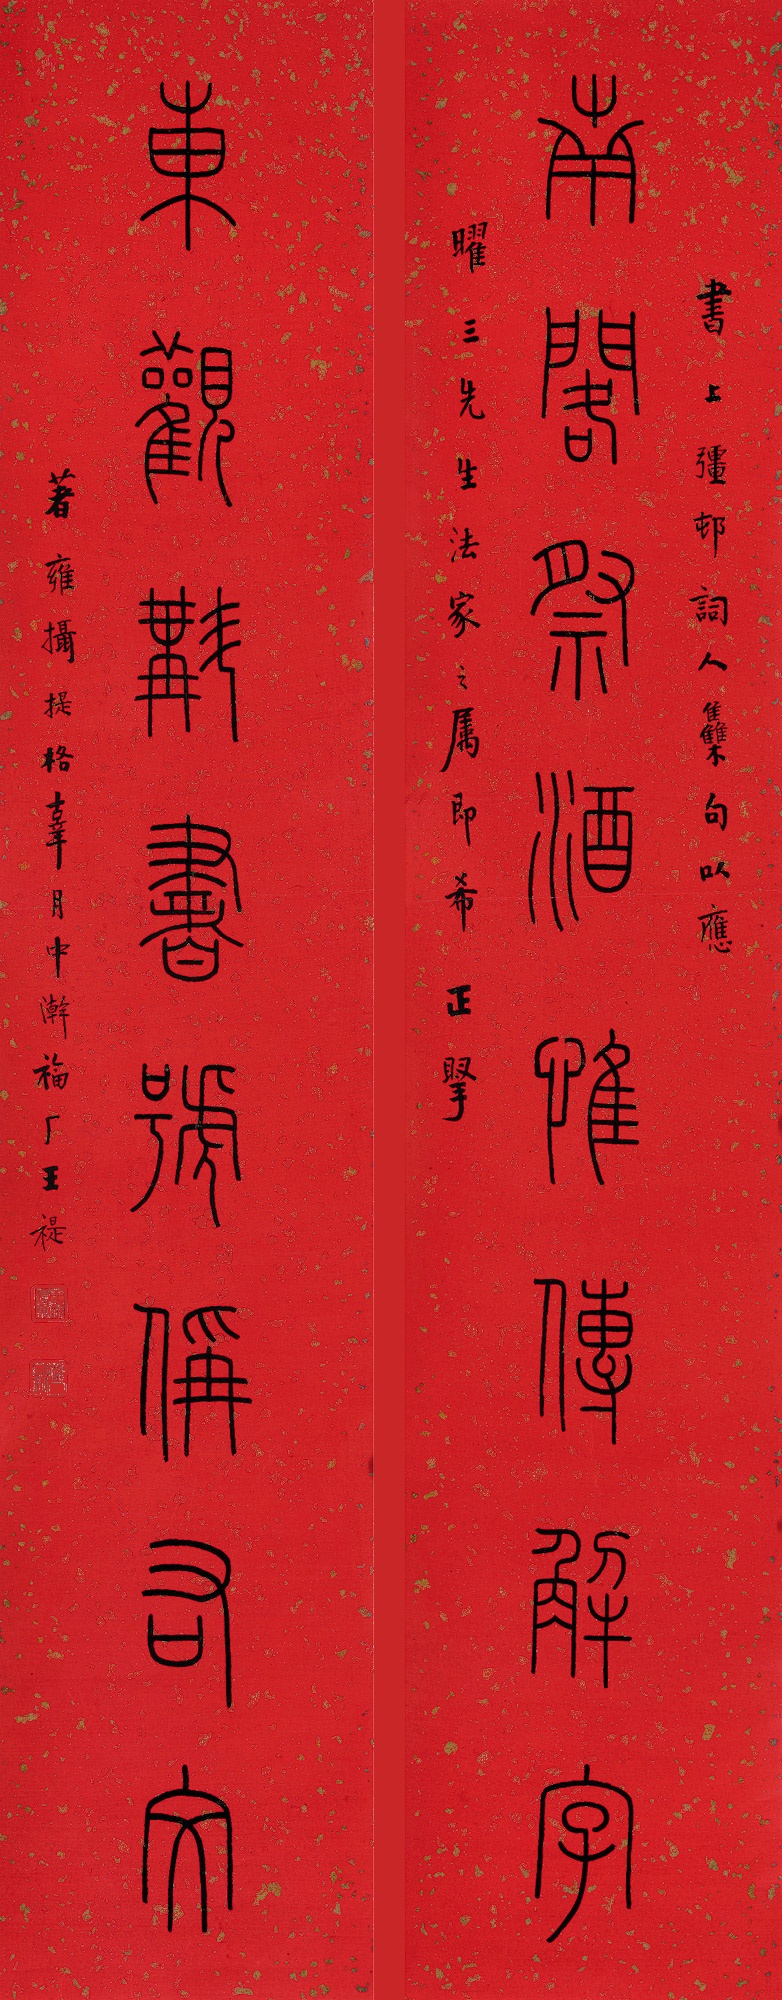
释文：南阁祭酒惟传解字，东观斠书号偁右文。书上疆村词人集句，以应曜三先生法家之属，即希正腕。著雍摄提格辜月中澣，福厂王禔。